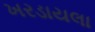
ખરડાયલા